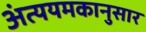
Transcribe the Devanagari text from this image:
अंत्ययमकानुसार